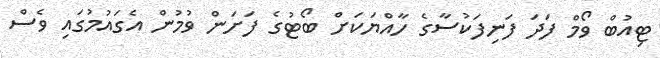
ޓިއުބް ވޯމް ފަދަ ފަނިފަކުސާގެ ހާއްޔަކަށް ބޯޓުގެ ފަށަން ވުމުން އެގައުމުގައި ވެސް